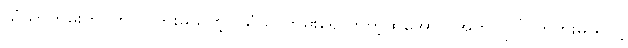
သံသာကမ်းတိုင်တူပြိုင်ကူးမယ်တဲ့။ သံသာကမ်းရောက်တဲ့ထိအောင် အတူတူပြိုင်တူကူးမယ်လို့